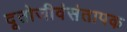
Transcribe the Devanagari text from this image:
दूतोजीवंसंतापक